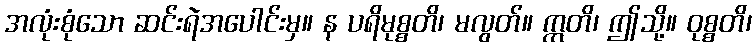
အလုံးစုံသော ဆင်းရဲအပေါင်းမှ။ န ပရိမုစ္စတိ၊ မလွတ်။ ဣတိ၊ ဤသို့။ ဝုစ္စတိ၊